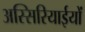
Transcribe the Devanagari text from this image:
अस्सिरियाईयों